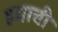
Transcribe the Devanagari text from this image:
हमाची